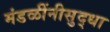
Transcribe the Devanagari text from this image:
मंडळींनीसुद्धा